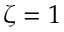
\zeta = 1